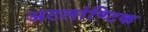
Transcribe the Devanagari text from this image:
अटलांण्टिक